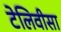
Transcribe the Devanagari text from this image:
टेलिवीसा